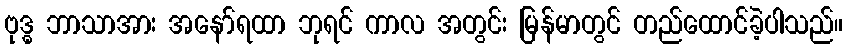
ဗုဒ္ဓ ဘာသာအား အနော်ရထာ ဘုရင် ကာလ အတွင်း မြန်မာတွင် တည်ထောင်ခဲ့ပါသည်။